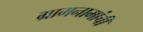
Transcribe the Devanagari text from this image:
ग्रामनामांची